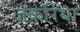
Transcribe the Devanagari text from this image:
जक़रिया